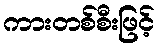
ကားတစ်စီးဖြင့်